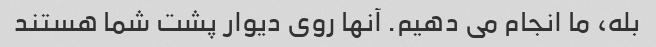
بله، ما انجام می دهیم. آنها روی دیوار پشت شما هستند